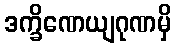
ဒက္ခိဏေယျဂုဏမှိ